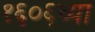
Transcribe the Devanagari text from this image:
१६०६च्या